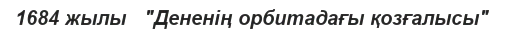
1684 жылы   ″Дененің орбитадағы қозғалысы″